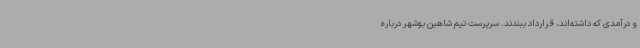
و درآمدی که داشته‌اند، قرارداد ببندند. سرپرست تیم شاهین بوشهر درباره